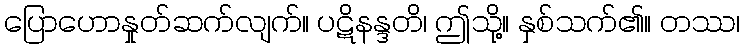
ပြောဟောနှုတ်ဆက်လျက်။ ပဋိနန္ဒတိ၊ ဤသို့။ နှစ်သက်၏။ တဿ၊